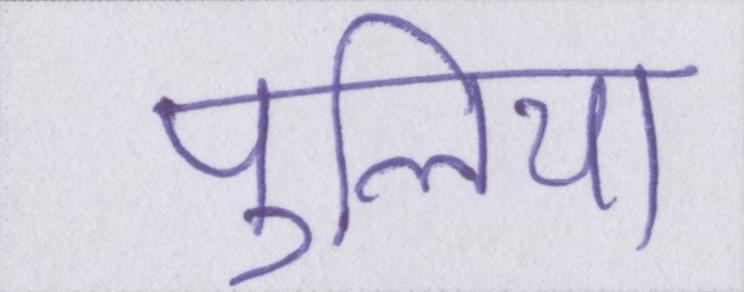
पुलिया